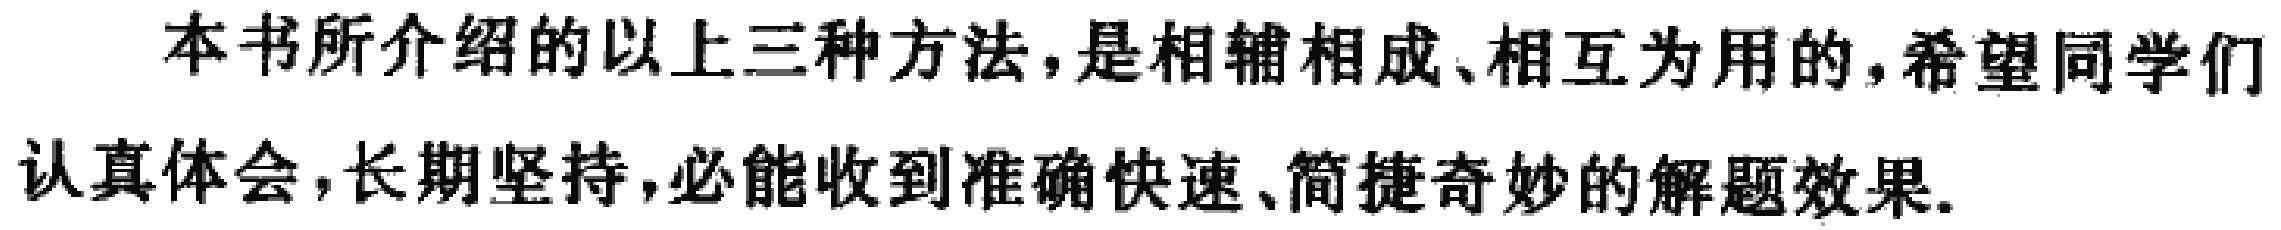
本书所介绍的以上三种方法,是相辅相成、相互为用的,希望同学们认真体会,长期坚持,必能收到准确快速、简捷奇妙的解题效果.